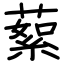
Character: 蕠